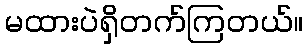
မထားပဲရှိတက်ကြတယ်။